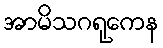
အာမိသဂရုကေန